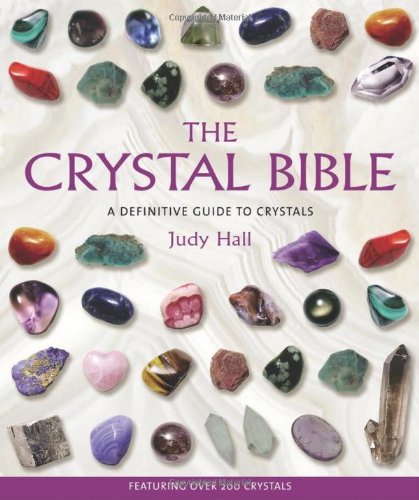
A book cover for The Crystal Bible; Judy Hall; Self-Help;